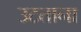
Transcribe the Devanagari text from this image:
उटताना